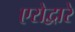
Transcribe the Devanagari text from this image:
एरोद्वारे